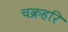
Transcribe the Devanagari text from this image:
चक्रहरि